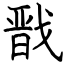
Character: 戬